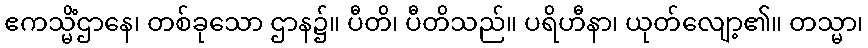
ဧကသ္မိံဌာနေ၊ တစ်ခုသော ဌာန၌။ ပီတိ၊ ပီတိသည်။ ပရိဟီနာ၊ ယုတ်လျော့၏။ တသ္မာ၊